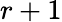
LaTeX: r+1